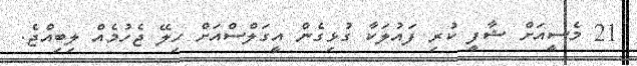
21 މެސީއަށް ޝާފީ ކުރި ފައުލަކާ ގުޅިގެން އީގަލްސްއަށް ހިލޭ ޖެހުމެއް ލިބިއްޖެ.